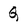
Character: Q